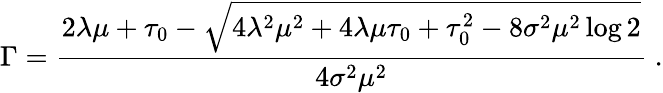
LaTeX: \Gamma={\frac{2\lambda\mu+\tau_{0}-\sqrt{4\lambda^{2}\mu^{2}+4\lambda\mu\tau_{0}+\tau_{0}^{2}-8\sigma^{2}\mu^{2}\log 2}}{4\sigma^{2}\mu^{2}}}\; .